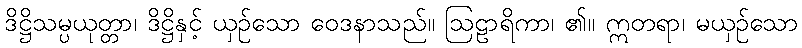
ဒိဋ္ဌိသမ္ပယုတ္တာ၊ ဒိဋ္ဌိနှင့် ယှဉ်သော ဝေဒနာသည်။ ဩဠာရိကာ၊ ၏။ ဣတရာ၊ မယှဉ်သော